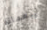
أربعمائة